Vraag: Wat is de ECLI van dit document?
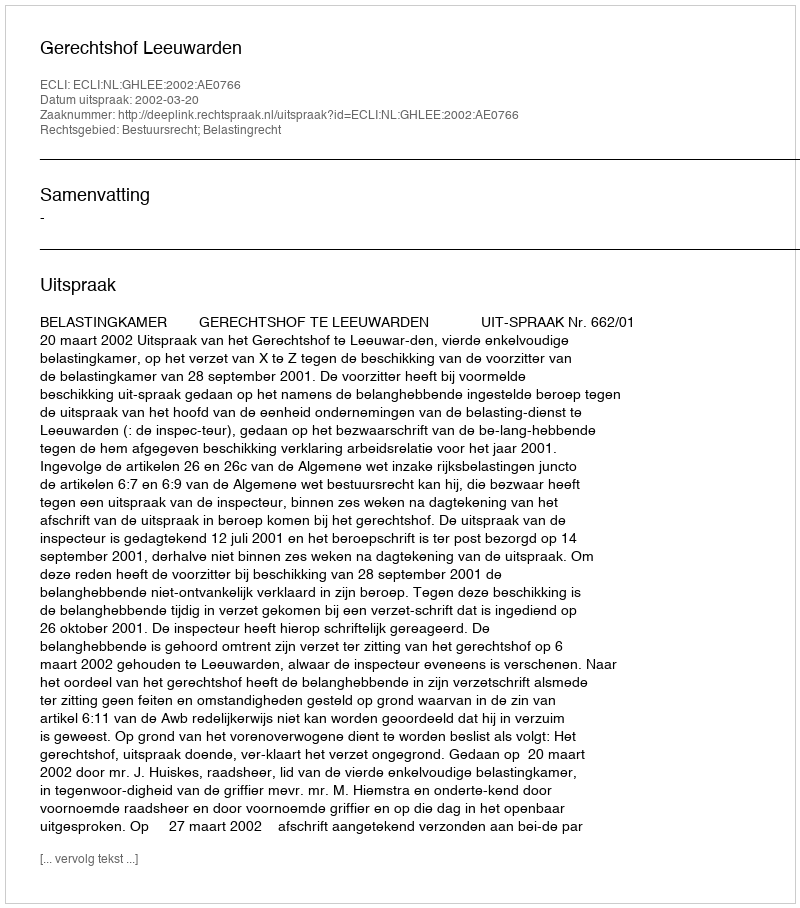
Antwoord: ECLI:NL:GHLEE:2002:AE0766